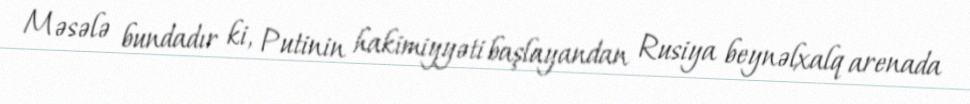
Məsələ bundadır ki, Putinin hakimiyyəti başlayandan Rusiya beynəlxalq arenada